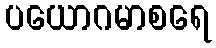
ပယောဂမာစရေ